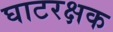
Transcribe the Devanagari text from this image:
घाटरक्षक